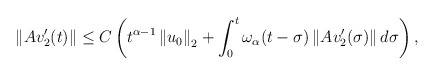
\begin{align*} \left\| Av_2'(t)\right\| \leq C \left( t^{\alpha-1}\left\| u_0\right\|_2 + \int_0^t \omega_{\alpha}(t-\sigma) \left\| Av_2'(\sigma) \right\|d\sigma \right), \end{align*}